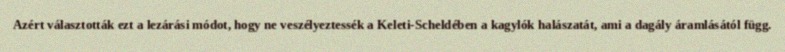
Azért választották ezt a lezárási módot, hogy ne veszélyeztessék a Keleti-Scheldében a kagylók halászatát, ami a dagály áramlásától függ.